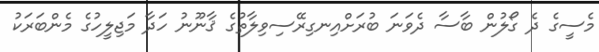
މެސީގެ ދެ ގޯލުން ބާސާ ދެވަނަ ބުރަށްއިނގިރޭސިވިލާތުގެ ޤާނޫނު ހަދާ މަޖިލީހުގެ މެންބަރަކު